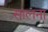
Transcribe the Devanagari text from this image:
सालना